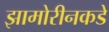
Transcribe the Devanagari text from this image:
झामोरीनकडे